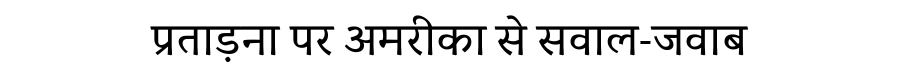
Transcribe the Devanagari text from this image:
प्रताड़ना पर अमरीका से सवाल-जवाब